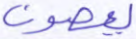
يعصون